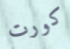
كورت